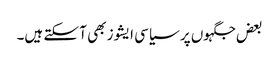
بعض جگہوں پر سیاسی ایشوز بھی آ سکتے ہیں۔